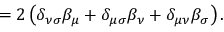
= 2 \left( \delta _ { \nu \sigma } \beta _ { \mu } + \delta _ { \mu \sigma } \beta _ { \nu } + \delta _ { \mu \nu } \beta _ { \sigma } \right) .